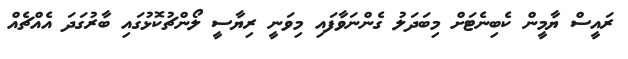
ރައީސް ޔާމީން ކެބިނެޓަށް މިބަދަލު ގެންނަވާފައި މިވަނީ ރިޔާސީ ލޯންޗުކޮޅުގައި ބާރުގަދަ އެއްޗެއް